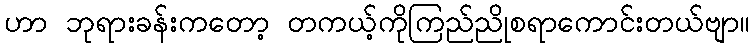
ဟာ ဘုရားခန်းကတော့ တကယ့်ကိုကြည်ညိုစရာကောင်းတယ်ဗျာ။